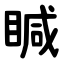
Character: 䁍